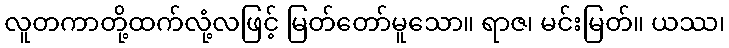
လူတကာတို့ထက်လုံ့လဖြင့် မြတ်တော်မူသော။ ရာဇ၊ မင်းမြတ်။ ယဿ၊